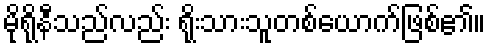
မိုရိုနီသည်လည်း ရိုးသားသူတစ်ယောက်ဖြစ်၏။